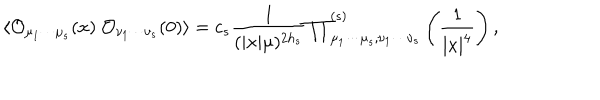
\langle { \cal O } _ { \mu _ { 1 } \cdots \mu _ { s } } ( x ) ~ { \cal O } _ { \nu _ { 1 } \cdots \nu _ { s } } ( 0 ) \rangle = c _ { s } \frac { 1 } { ( | x | \mu ) ^ { 2 h _ { s } } } { \prod } _ { \mu _ { 1 } \cdots \mu _ { s } , \nu _ { 1 } \cdots \nu _ { s } } ^ { ( s ) } \left( \frac { 1 } { | x | ^ { 4 } } \right) ,